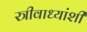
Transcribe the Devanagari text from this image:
स्त्रीवाध्यांशी